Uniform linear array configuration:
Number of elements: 12
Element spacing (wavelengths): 0.75
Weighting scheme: exponential
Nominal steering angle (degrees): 30
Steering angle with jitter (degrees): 31.996
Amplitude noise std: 0.05
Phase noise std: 0.05

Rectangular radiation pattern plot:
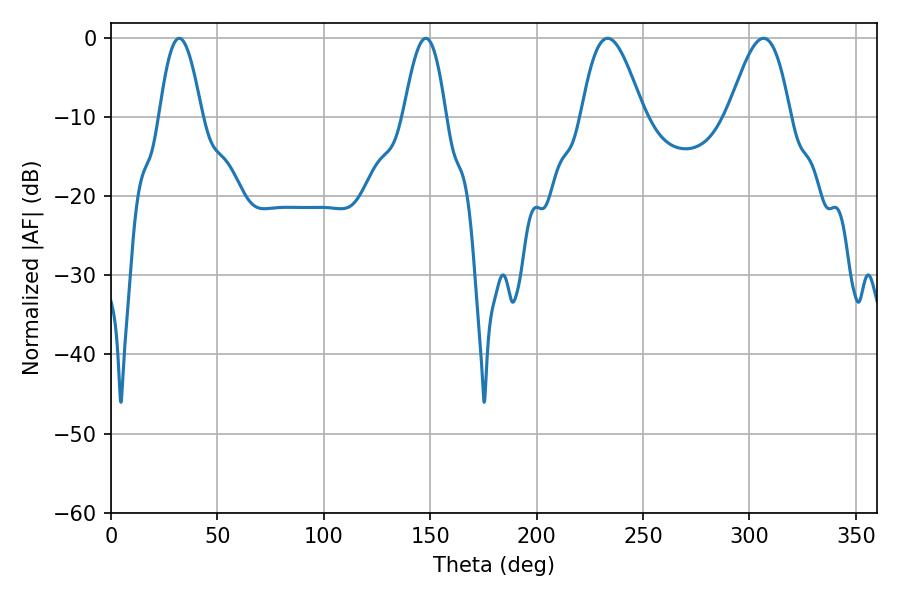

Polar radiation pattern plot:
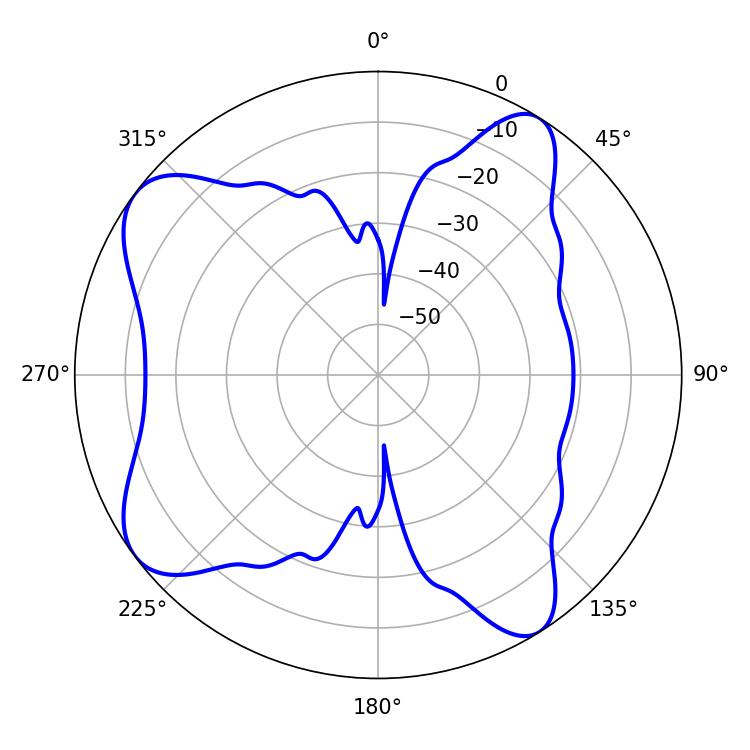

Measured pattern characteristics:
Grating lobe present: TRUE
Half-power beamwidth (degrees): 10.8
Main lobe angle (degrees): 32.04